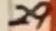
Text: 29